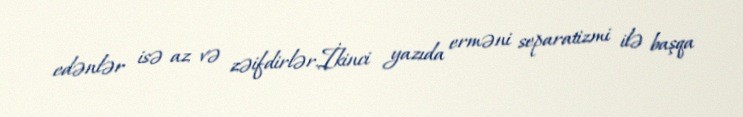
edənlər isə az və zəifdirlər.İkinci yazıda erməni separatizmi ilə başqa